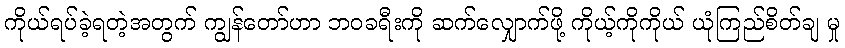
ကိုယ်ရပ်ခဲ့ရတဲ့အတွက် ကျွန်တော်ဟာ ဘဝခရီးကို ဆက်လျှောက်ဖို့ ကိုယ့်ကိုကိုယ် ယုံကြည်စိတ်ချ မှု